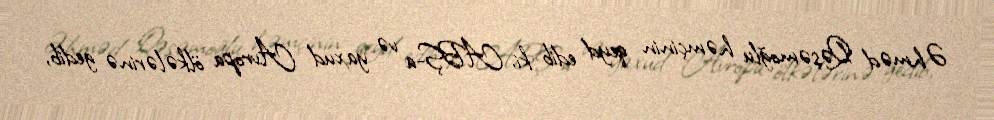
Əhməd Qəşəmoğlu həmçinin qeyd edib ki, ABŞ-a və yaxud Avropa ölkələrinə gedib,